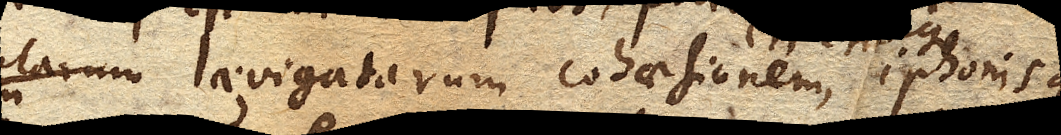
larum laevigatarum cohaesionem